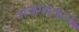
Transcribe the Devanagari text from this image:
अक्साकल